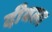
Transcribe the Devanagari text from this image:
दीवला